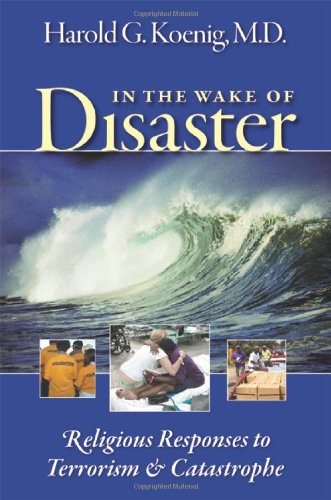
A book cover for In the Wake of Disaster: Religious Responses to Terrorism and Catastrophe; M.D. Harold G Koenig; Politics & Social Sciences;